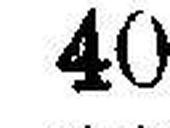
40